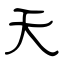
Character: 天